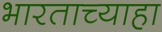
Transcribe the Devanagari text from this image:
भारताच्याहा